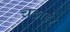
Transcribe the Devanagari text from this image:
चढाई।